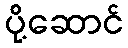
ပို့ဆောင်